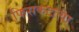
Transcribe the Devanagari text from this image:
फिसकटल्या